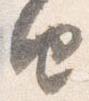
由